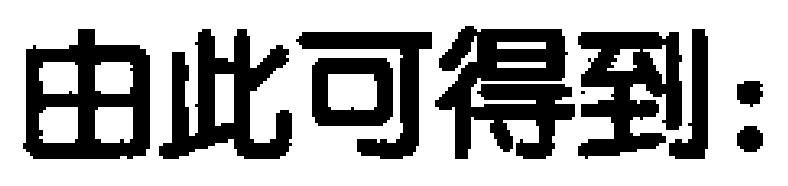
由此可得到: